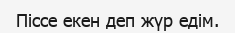
Піссе екен деп жүр едім.